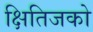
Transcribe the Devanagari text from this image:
क्षितिजको